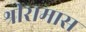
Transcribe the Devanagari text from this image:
श्रीरामास